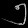
Digit: ၅